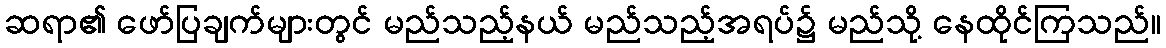
ဆရာ၏ ဖော်ပြချက်များတွင် မည်သည့်နယ် မည်သည့်အရပ်၌ မည်သို့ နေထိုင်ကြသည်။